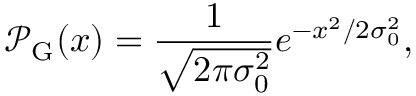
\mathcal { P } _ { \mathrm { G } } ( x ) = \frac { 1 } { \sqrt { 2 \pi \sigma _ { 0 } ^ { 2 } } } e ^ { - x ^ { 2 } / 2 \sigma _ { 0 } ^ { 2 } } ,